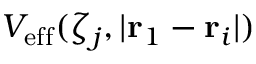
V _ { \mathrm { e f f } } ( \zeta _ { j } , | \mathbf { r } _ { 1 } - \mathbf { r } _ { i } | )